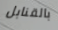
بالقنابل